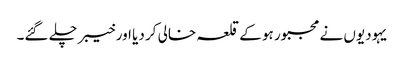
یہودیوں نے مجبور ہو کے قلعہ خالی کر دیا اور خیبر چلے گئے۔